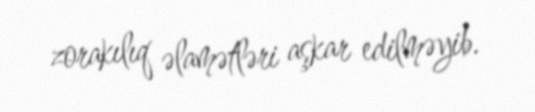
zorakılıq əlamətləri aşkar edilməyib.